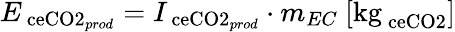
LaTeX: E_{\mathrm{\ ce{CO2}}_{prod}}=I_{\mathrm{\ ce{CO2}}{_{prod}}}\cdot m_{EC}\ [\mathrm{kg}_{\mathrm{\ ce{CO2}}}]